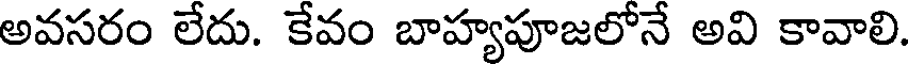
అవసరం లేదు. కేవం బాహ్యపూజలోనే అవి కావాలి.